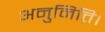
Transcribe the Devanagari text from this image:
अनुमिति।